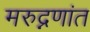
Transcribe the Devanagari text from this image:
मरुद्नणांत